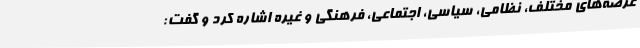
عرصه‌های مختلف، نظامی، سیاسی، اجتماعی، فرهنگی و غیره اشاره کرد و گفت: